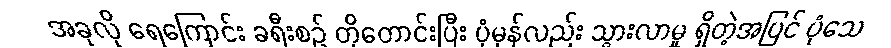
အခုလို ရေကြောင်း ခရီးစဉ် တိုတောင်းပြီး ပုံမှန်လည်း သွားလာမှု ရှိတဲ့အပြင် ပုံသေ